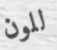
للون